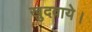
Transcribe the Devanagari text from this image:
खुदवाये।